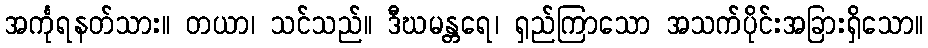
အင်္ကုရနတ်သား။ တယာ၊ သင်သည်။ ဒီဃမန္တရေ၊ ရှည်ကြာသော အသက်ပိုင်းအခြားရှိသော။